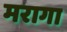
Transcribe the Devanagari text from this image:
मरागा